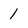
Character: 1